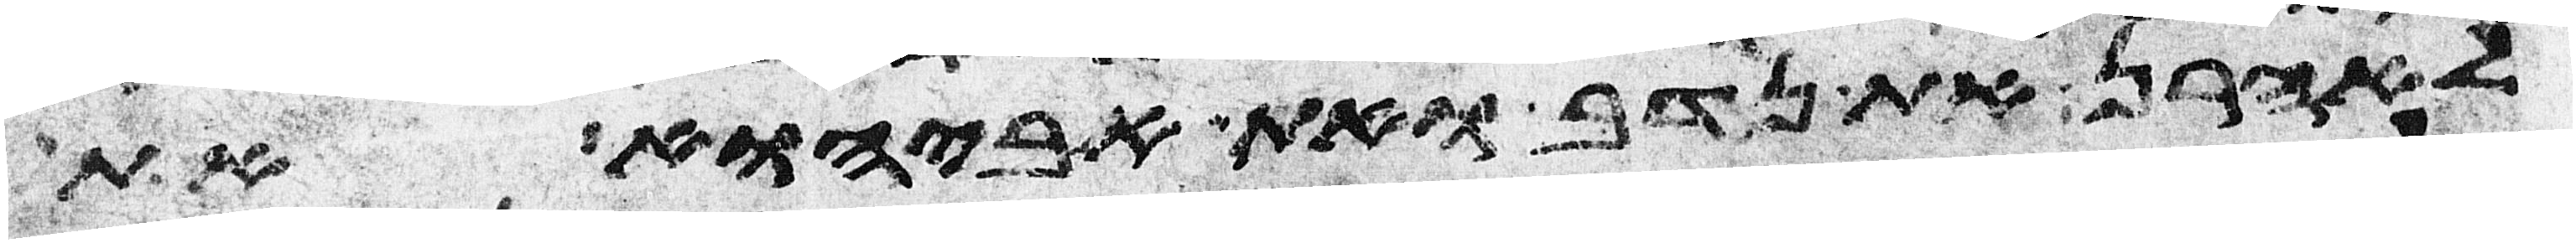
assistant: לאהרן את נדב ואת אביהוא את